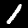
Digit: 1